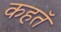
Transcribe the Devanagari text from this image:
कहतॅ